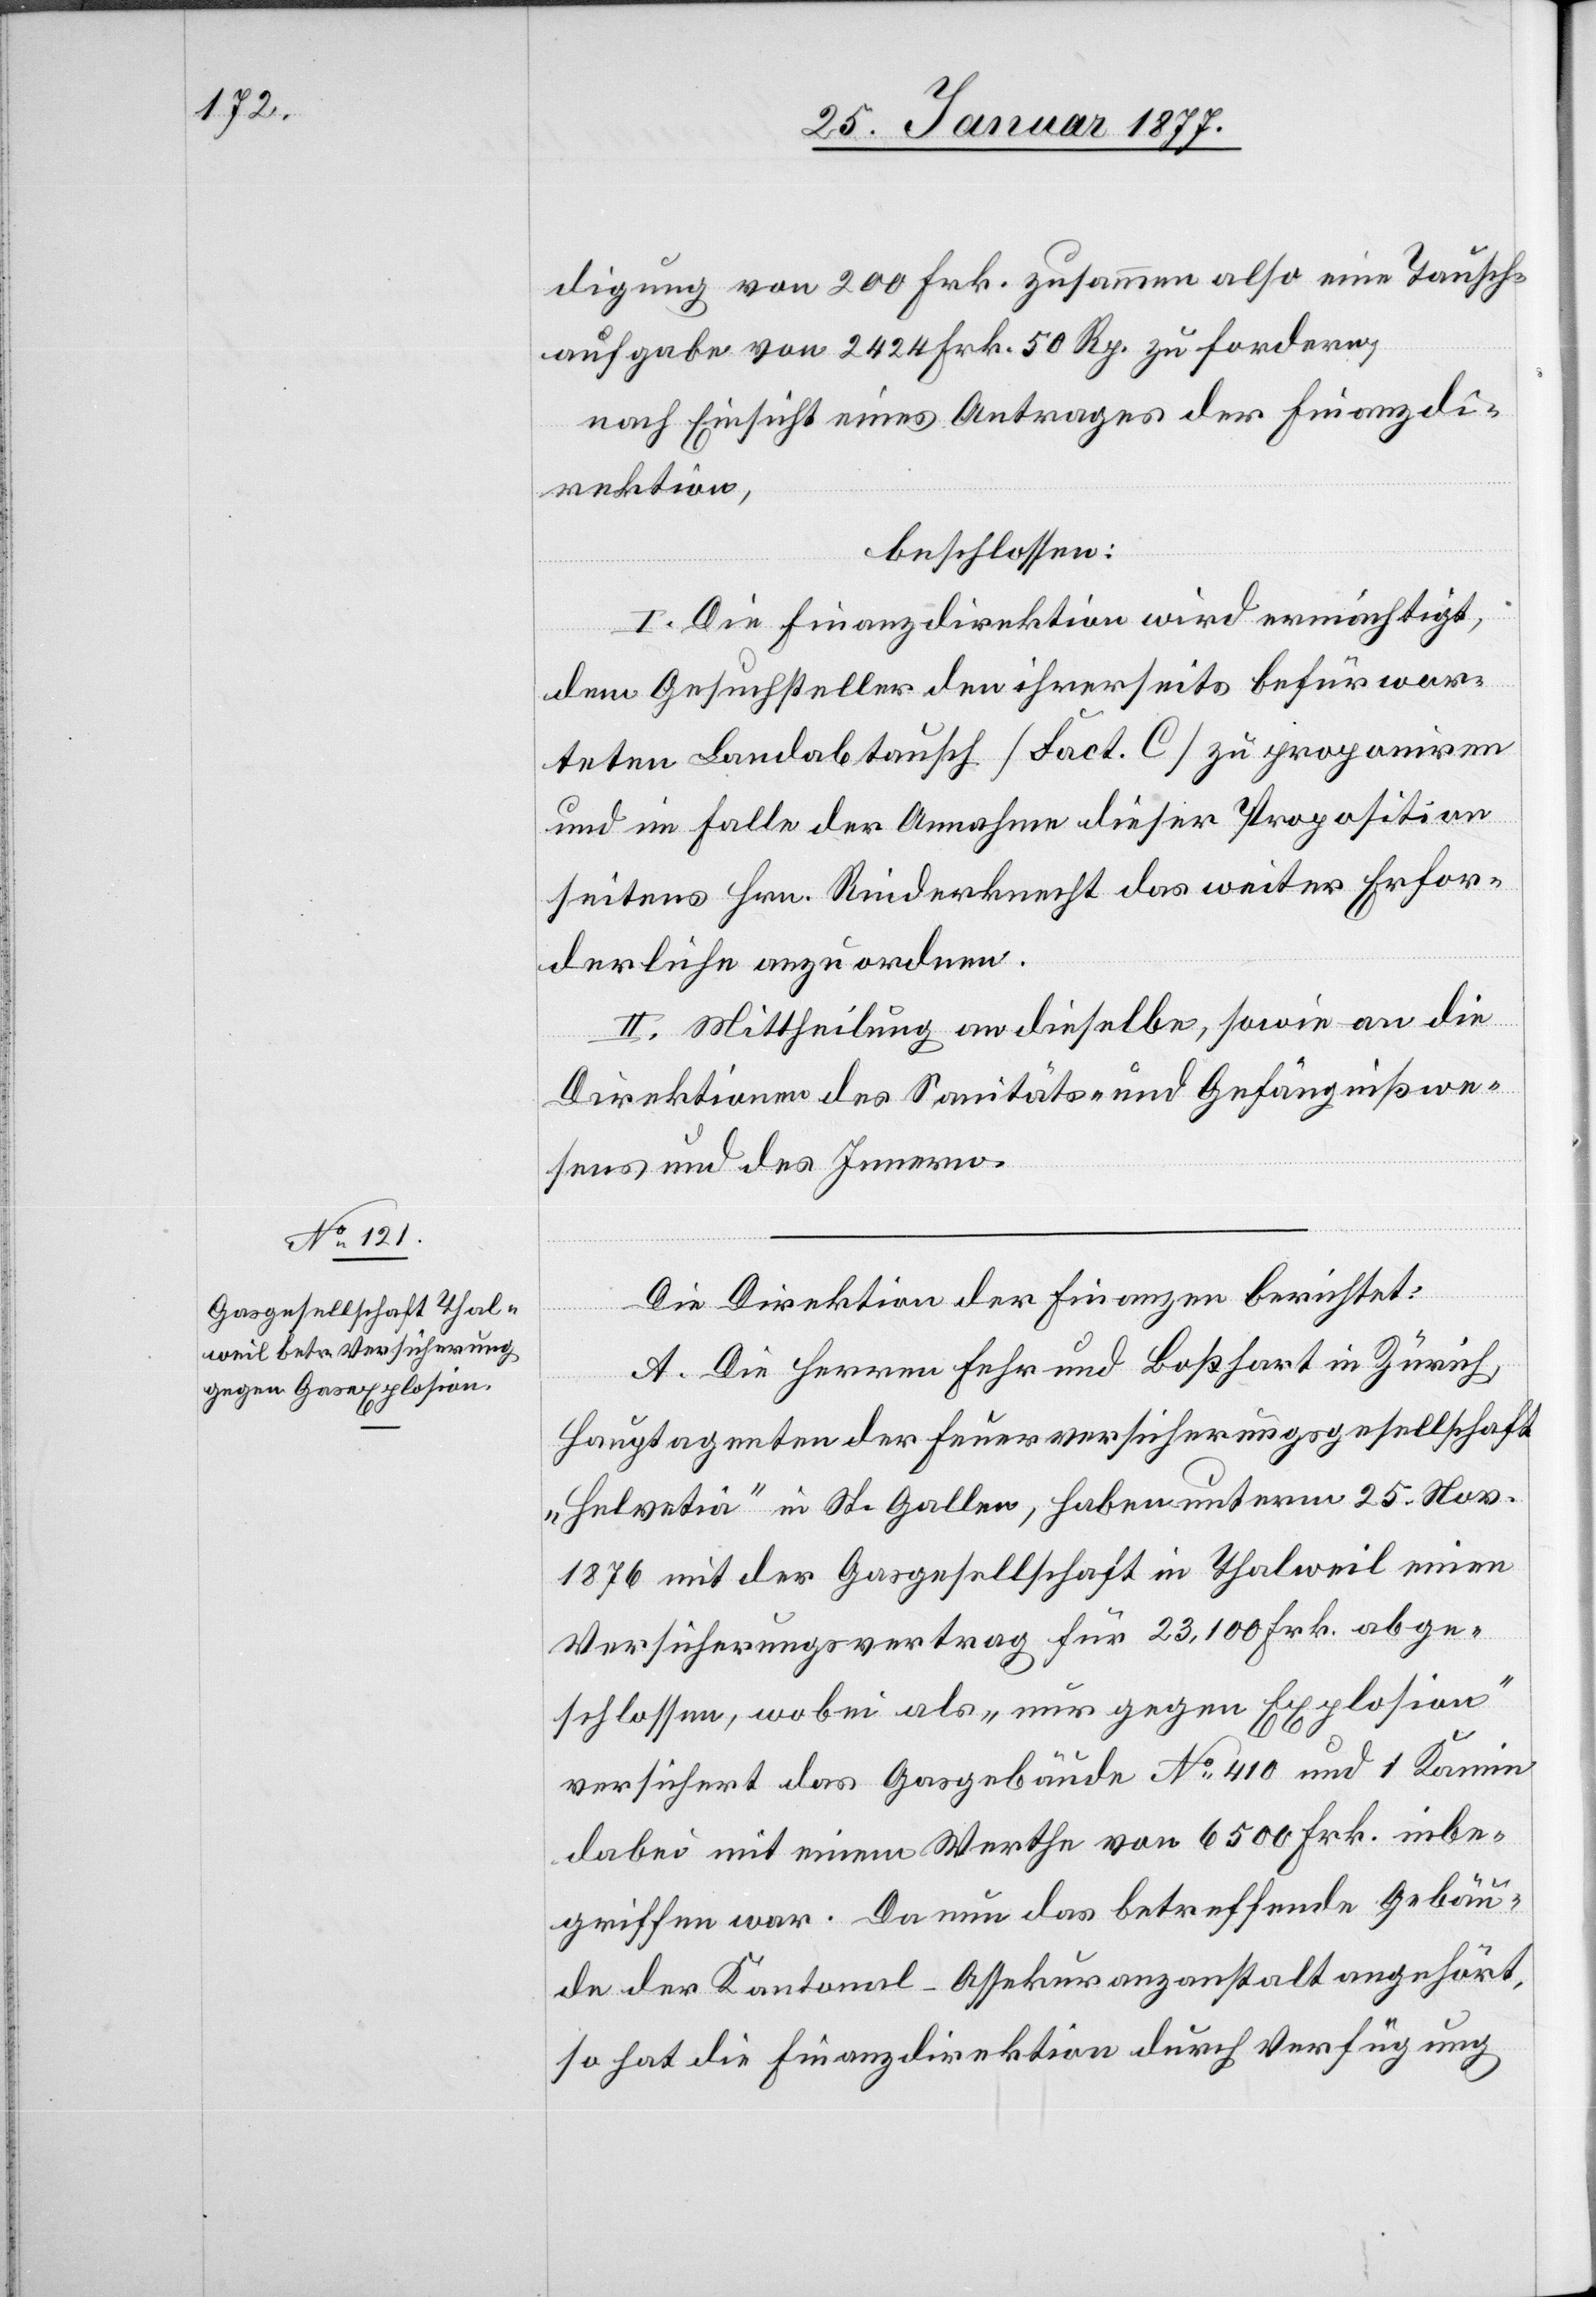
digung von 200 Frk. zusammen also eine Tausch¬
aufgabe von 2424 Frk 50 Rp. zu fordern,
nach Einsicht eines Antrages der Finanzdi¬
rektion,
beschlossen:
I. Die Finanzdirektion wird ermächtigt,
dem Gesuchsteller den ihrerseits befürwor¬
teten Landabtausch [Fact. B] zu proponiren
und im Falle der Annahme dieser Proposition
seitens Hrn. Rinderknecht das weiter Erfor¬
derliche anzuordnen.
II. Mittheilung an dieselbe, sowie an die
Direktionen des Sanitäts- und Gefängnißwe¬
sens und des Innern.
Die Direktion der Finanzen berichtet:
A. Die Herren Fehr und Boßhart in Zürich,
Hauptagenten der Feuerversicherungsgesellschaft
„Helvetia“ in St. Gallen, haben unterm 25. Nov.
1876 mit der Gasgesellschaft in Thalweil einen
Versicherungsvertrag für 23,100 Frk. abge¬
schlossen, wobei als „nur gegen Explosion“
versichert das Gasgebäude No 410 und 1 Kamin
dabei mit einem Werthe von 6500 Frk. inbe¬
griffen war. Da nun das betreffende Gebäu¬
de der Kantonal-Assekuranzanstalt angehört,
so hat die Finanzdirektion durch Verfügung